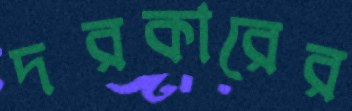
দরকারের